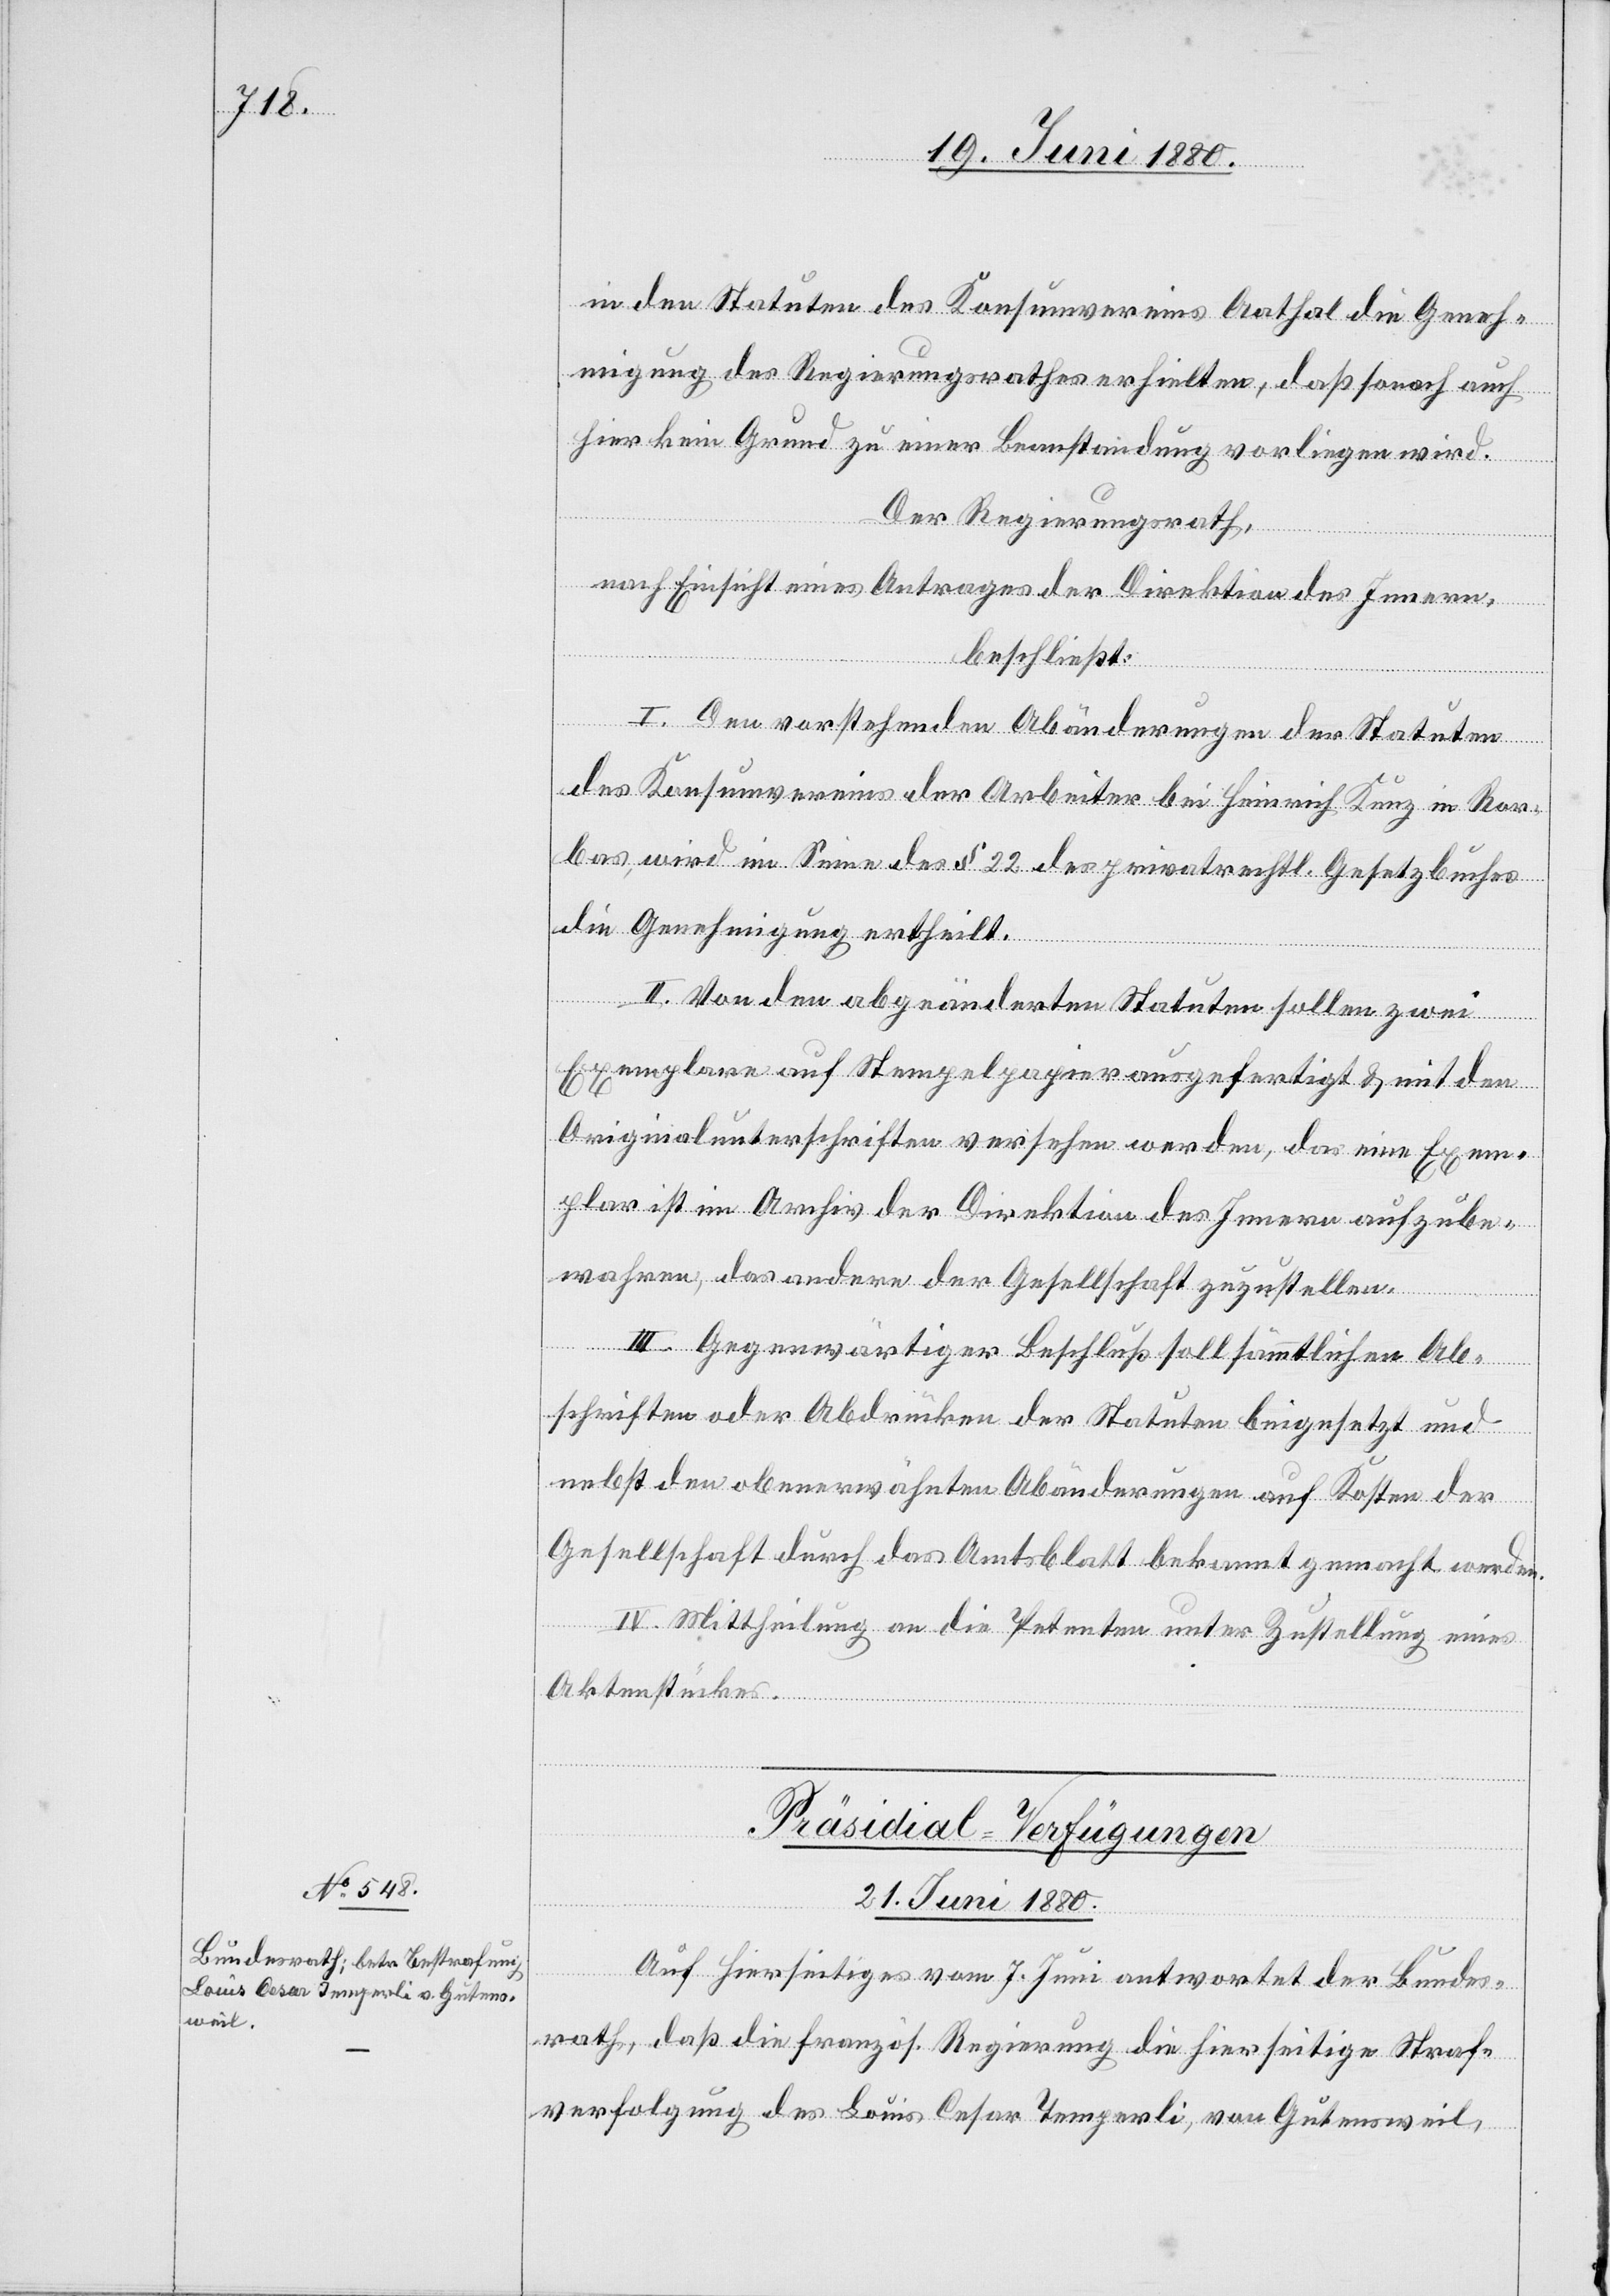
in den Statuten des Konsumvereins Aathal die Geneh¬
migung des Regierungsrathes erhielten, daß sonach auch
hier kein Grund zu einer Beanstandung vorliegen wird.
Der Regierungsrath,
nach Einsicht eines Antrages der Direktion des Innern,
beschließt:
I. Den vorstehenden Abänderungen der Statuten
des Konsumvereins der Arbeiter bei Heinrich Kunz in Ror¬
bas, wird im Sinne des § 22 des privatrechtl. Gesetzbuches
die Genehmigung ertheilt.
II. Von den abgeänderten Statuten sollen zwei
Exemplare auf Stempelpapier ausgefertigt & mit den
Originalunterschriften versehen werden, das eine Exem¬
plar ist im Archiv der Direktion des Innern aufzube¬
wahren, das andere der Gesellschaft zuzustellen.
III. Gegenwärtiger Beschluß soll sämmtlichen Ab¬
schriften oder Abdrücken der Statuten beigesetzt und
nebst den obenerwähnten Abänderungen auf Kosten der
Gesellschaft durch das Amtsblatt bekannt gemacht werden.
IV. Mittheilung an die Petenten unter Zustellung eines
Aktenstückes.
Präsidial-Verfügungen.
21. Juni 1880.
Auf hierseitiges vom 7. Juni antwortet der Bundes¬
rath, daß die französ. Regierung die hierseitige Straf¬
verfolgung des Louis Cesar Temperli, von Gutensweil,